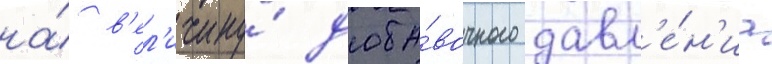
на́ в'ел'ичину́ доба́вочного давл'е́н'иа